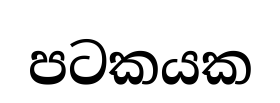
පටකයක